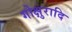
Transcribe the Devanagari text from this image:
गोक्षुरादि